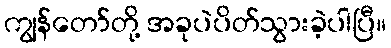
ကျွန်တော်တို့ အခုပဲပိတ်သွားခဲ့ပါပြီ။